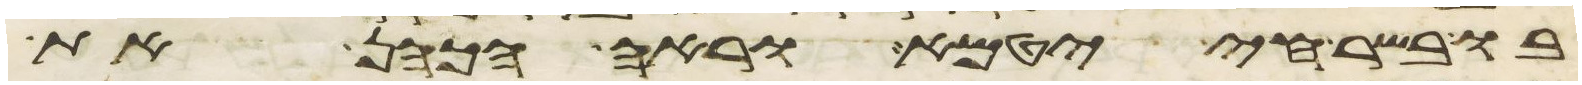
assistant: בו בשר חי יטמא וראה הכהן את